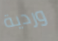
وردية